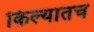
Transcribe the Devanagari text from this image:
किल्यातच